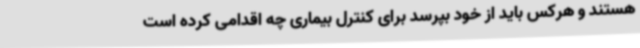
هستند و هرکس باید از خود بپرسد برای کنترل بیماری چه اقدامی کرده است